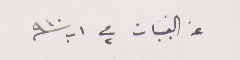
عن القبيات في ٢ اب سنه ٩١٠